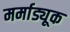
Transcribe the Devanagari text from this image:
मर्माड्यूक